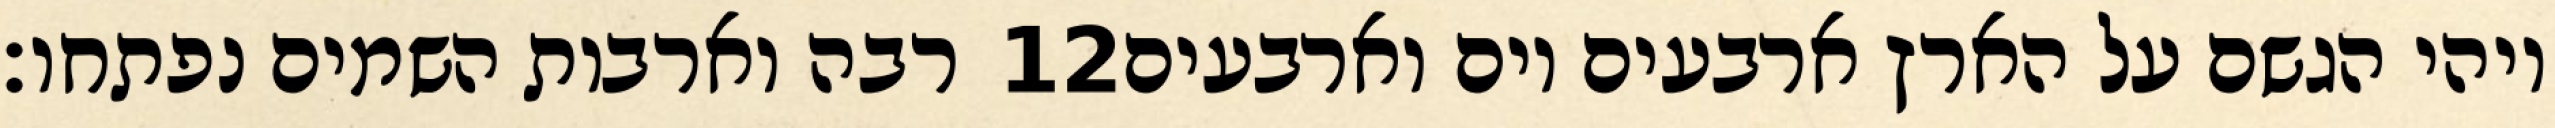
רבה וארבות השמים נפתחו׃ ‎12‏ ויהי הגשם על הארץ ארבעים יום וארבעים